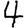
Digit: 4